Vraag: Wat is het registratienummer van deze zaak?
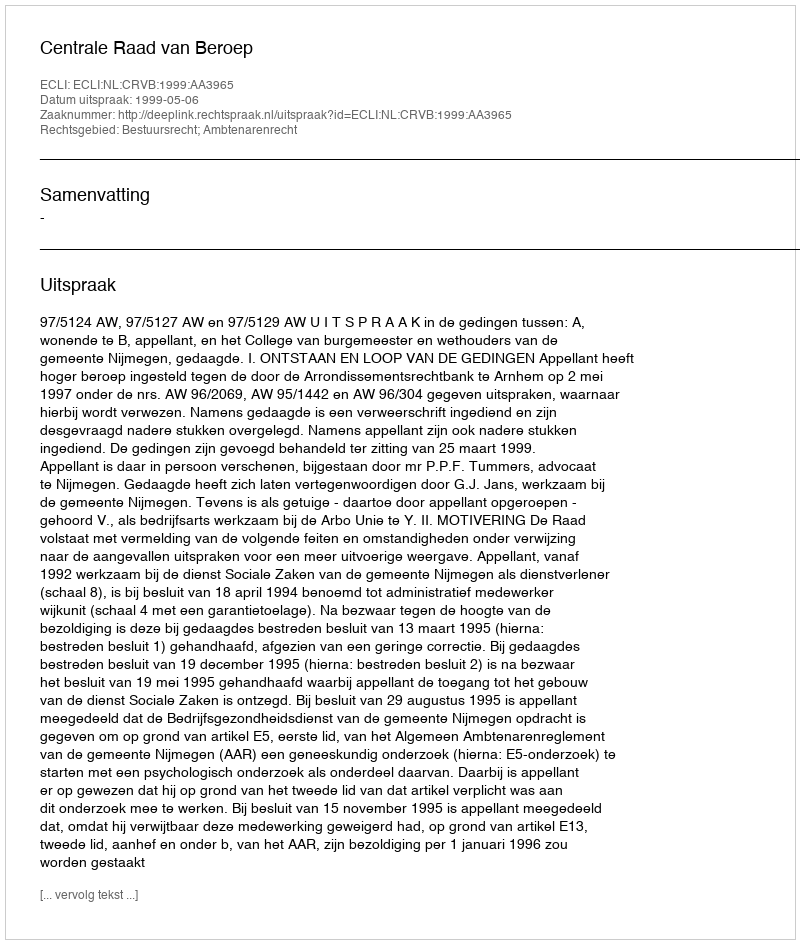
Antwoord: http://deeplink.rechtspraak.nl/uitspraak?id=ECLI:NL:CRVB:1999:AA3965